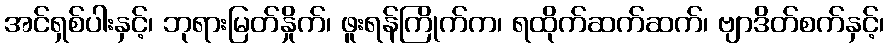
အင်ရှစ်ပါးနှင့်၊ ဘုရားမြတ်နှိုက်၊ ဖူးရန်ကြိုက်က၊ ရထိုက်ဆက်ဆက်၊ ဗျာဒိတ်စက်နှင့်၊